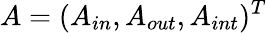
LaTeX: A=(A_{in},A_{out},A_{int})^{T}